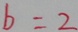
b = 2